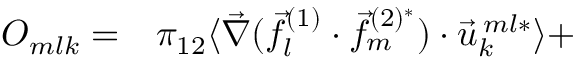
\begin{array} { r l } { O _ { m l k } = } & { { } \pi _ { 1 2 } \langle \vec { \nabla } ( \vec { f } _ { l } ^ { ( 1 ) } \cdot \vec { f } _ { m } ^ { ( 2 ) ^ { * } } ) \cdot \vec { u } _ { k } ^ { \: m l * } \rangle + } \end{array}